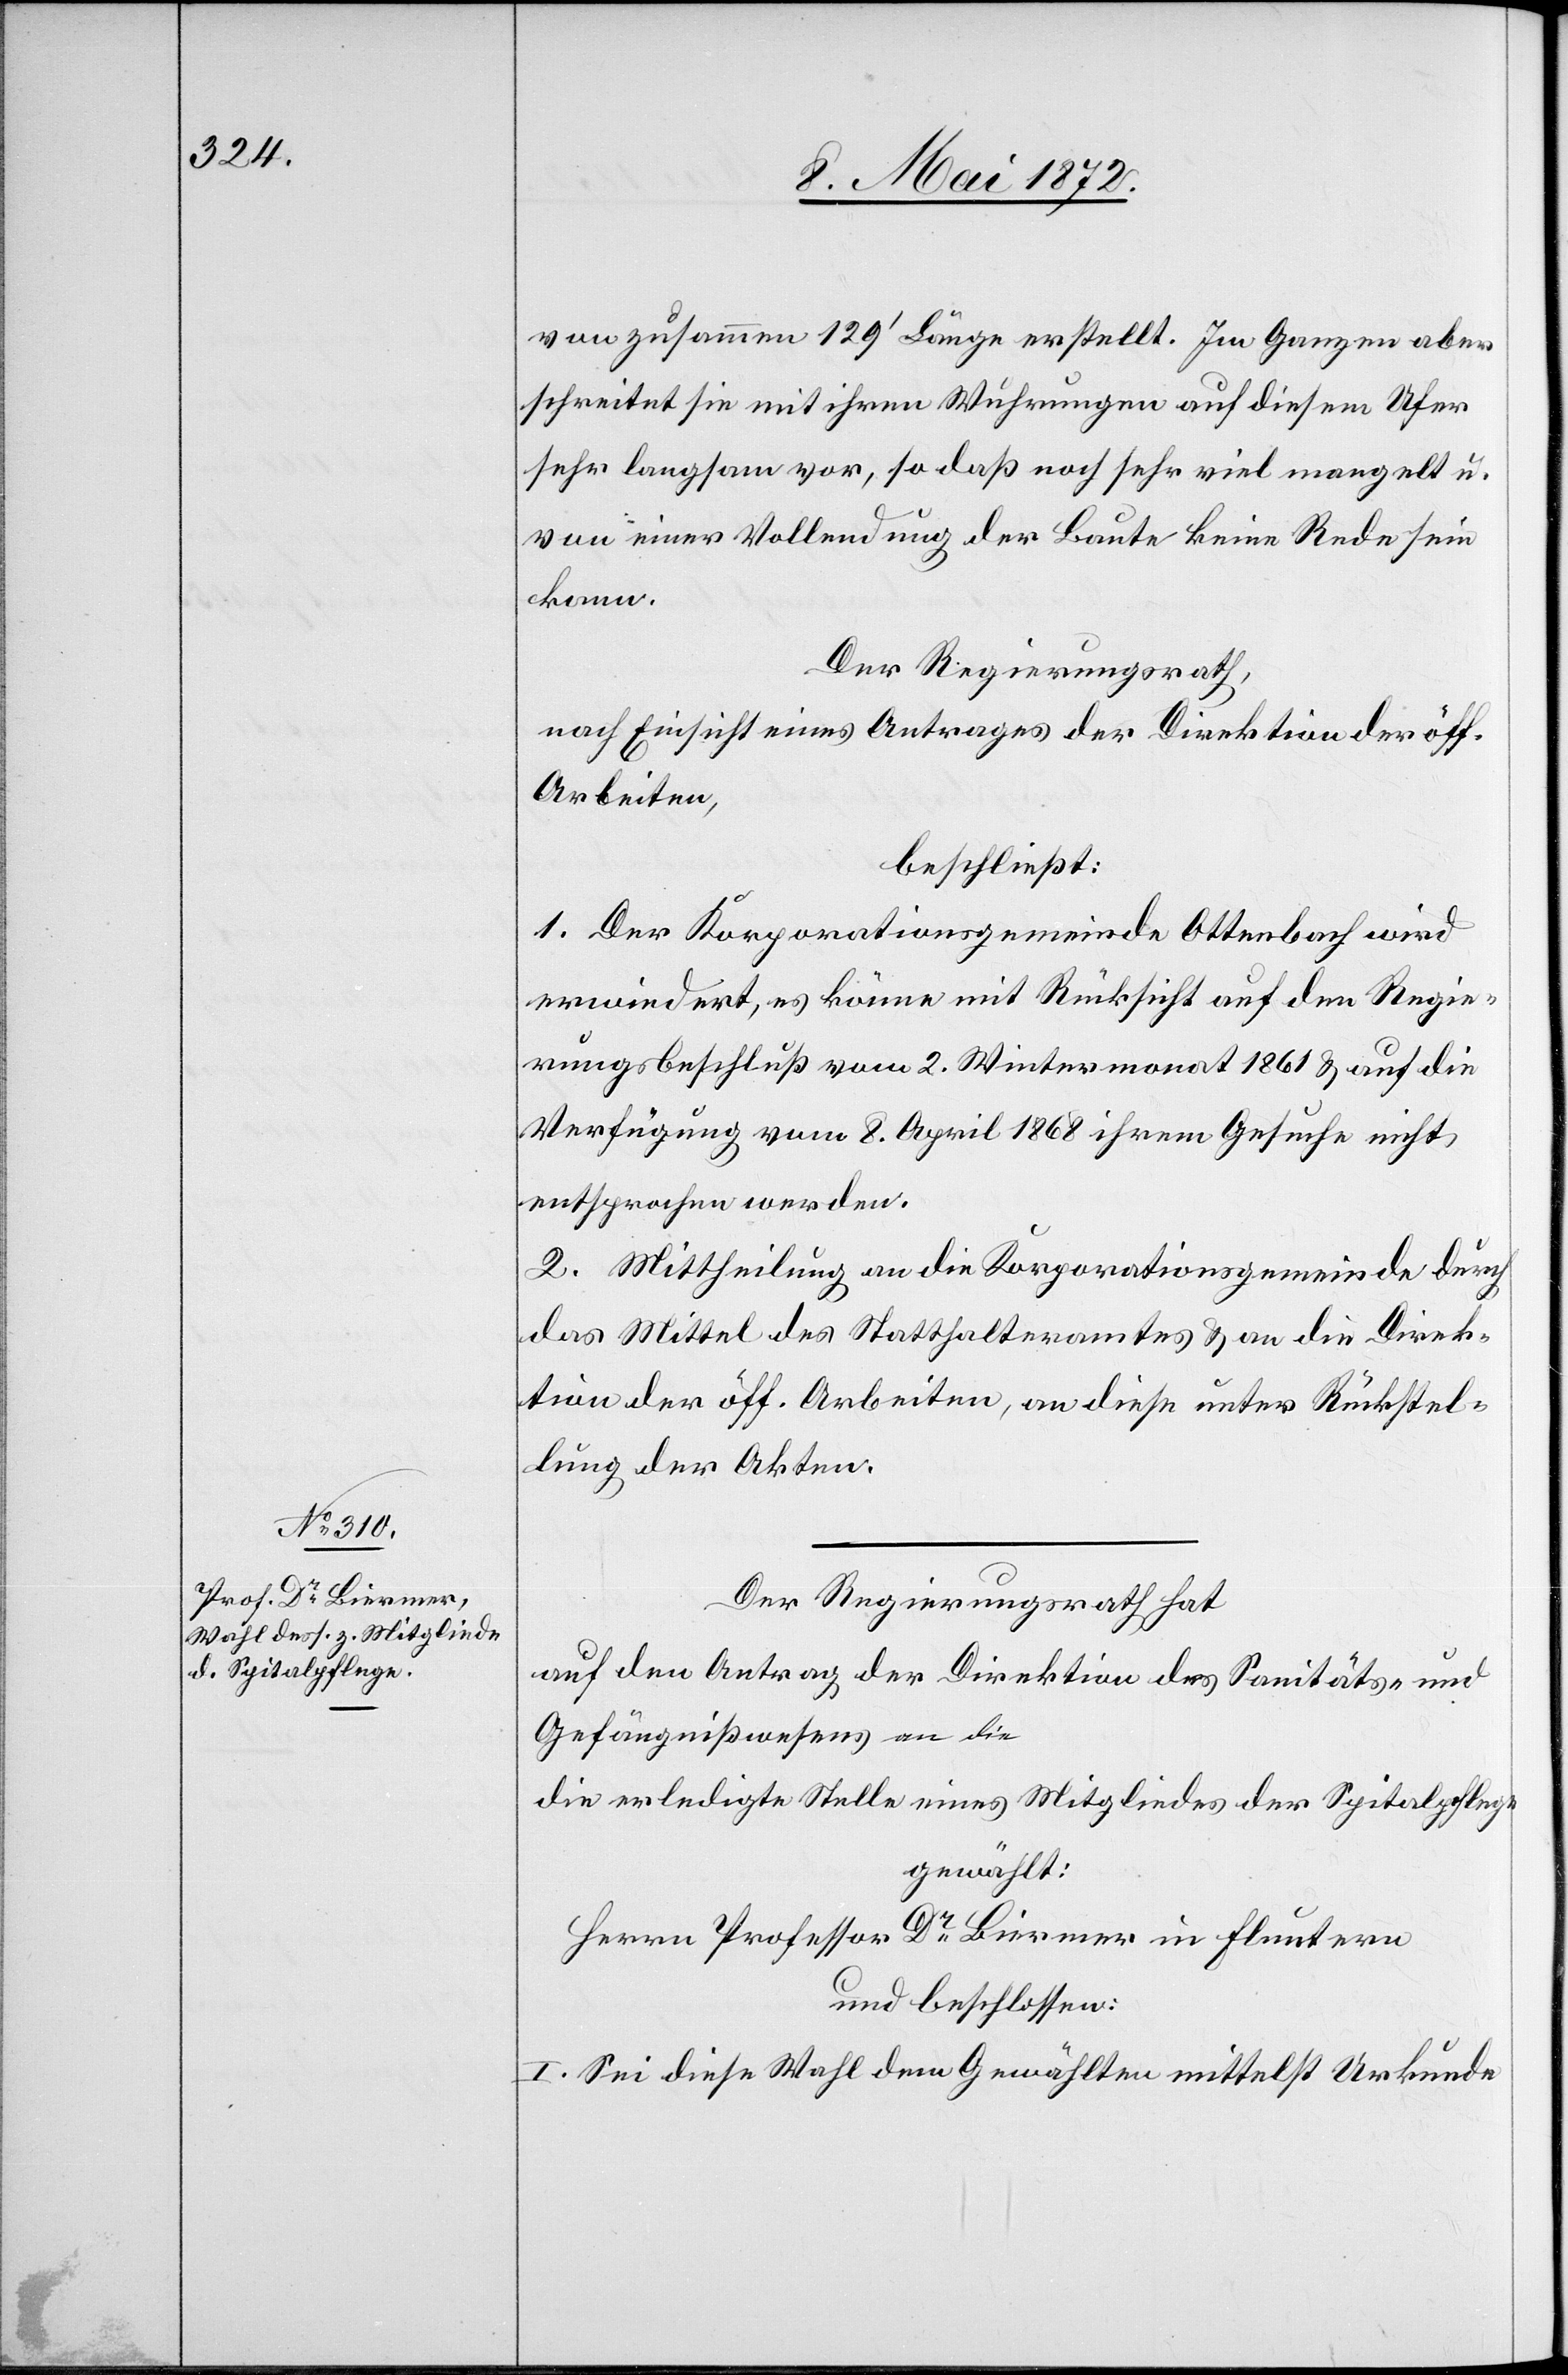
von zusammen 129’ Länge erstellt. Im Ganzen aber
schreitet sie mit ihren Wuhrungen auf diesem Ufer
sehr langsam vor, so daß noch sehr viel mangelt u.
von einer Vollendung der Baute keine Rede sein
kann.
Der Regierungsrath,
nach Einsicht eines Antrages der Direktion der öff.
Arbeiten,
beschließt:
1. Der Korporationsgemeinde Ottenbach wird
erwiedert, es könne mit Rücksicht auf den Regie¬
rungsbeschluß vom 2. Wintermonat 1861 u. auf die
Verfügung vom 8. April 1868 ihrem Gesuche nicht
entsprochen werden.
2. Mittheilung an die Korporationsgemeinde durch
das Mittel des Statthalteramtes u. an die Direk¬
tion der öff. Arbeiten, an diese unter Rückstel¬
lung der Akten.
Der Regierungsrath hat
auf den Antrag der Direktion des Sanitäts- u.
die erledigte Stelle eines Mitgliedes der Spitalpflege
gewählt:
Herrn Professor Dr. Biermer in Fluntern
und beschlossen:
I. Sei diese Wahl dem Gewählten mittelst Urkunde